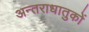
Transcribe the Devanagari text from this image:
अन्तराधातुकों